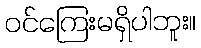
ဝင်ကြေးမရှိပါဘူး။